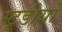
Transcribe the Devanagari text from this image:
स्टूडीयो